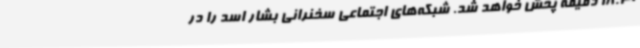
18:30 دقیقه پخش خواهد شد. شبکه‌های اجتماعی سخنرانی بشار اسد را در